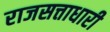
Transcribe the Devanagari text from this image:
राजसत्ताधारी